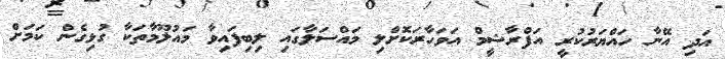
އަދި އޭނާ ހައްޔަރުކުރީ އަފްރާޝީމް އަވަހާރަކޮށްލި މައްސަލާގައި ލިބިފައިވާ މައުލޫމާތަކާ ގުޅިގެން ކަމަށް